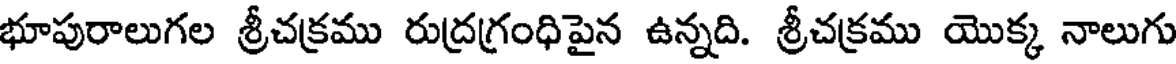
భూపురాలుగల శ్రీచక్రము రుద్రగ్రంధిపైన ఉన్నది. శ్రీచక్రము యొక్క నాలుగు